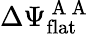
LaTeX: \Delta\Psi_{\mathrm{flat}}^{\mathrm{~A~A~}}